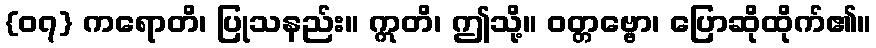
{၀၇} ကရောတိ၊ ပြုသနည်း။ ဣတိ၊ ဤသို့။ ဝတ္တဗ္ဗော၊ ပြောဆိုထိုက်၏။